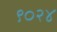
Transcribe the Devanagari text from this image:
९०२४